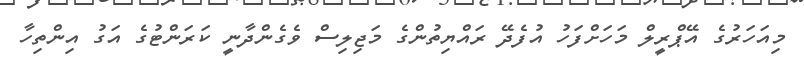
މިއަހަރުގެ އޭޕްރީލް މަހަށްފަހު އުފެދޭ ރައްޔިތުންގެ މަޖިލިސް ވެގެންދާނީ ކަރަންޓުގެ އަގު އިންތިހާ